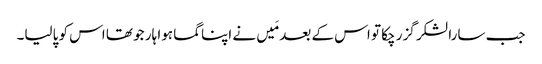
جب سارا لشکر گزر چکا تو اس کے بعد مَیں نے اپناگما ہوا ہار جو تھا اس کو پالیا۔